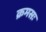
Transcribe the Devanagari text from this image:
क्रमसः